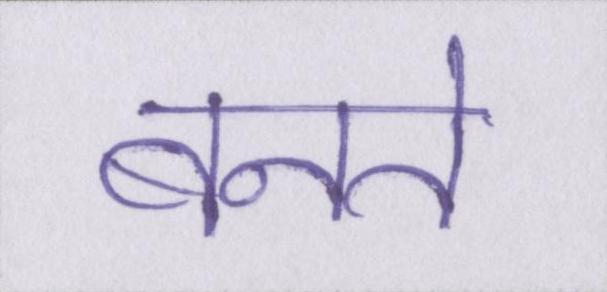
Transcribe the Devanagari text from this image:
बनते